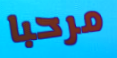
مرحبا